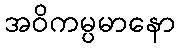
အဝိကမ္ပမာနော